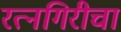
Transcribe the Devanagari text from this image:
रत्नगिरीचा